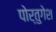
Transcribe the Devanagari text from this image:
पोर्तुगेश